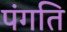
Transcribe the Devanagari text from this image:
पंगति